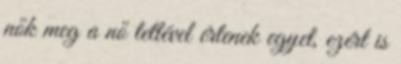
nők meg a nő tettével értenek egyet, ezért is